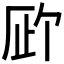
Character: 𪠉